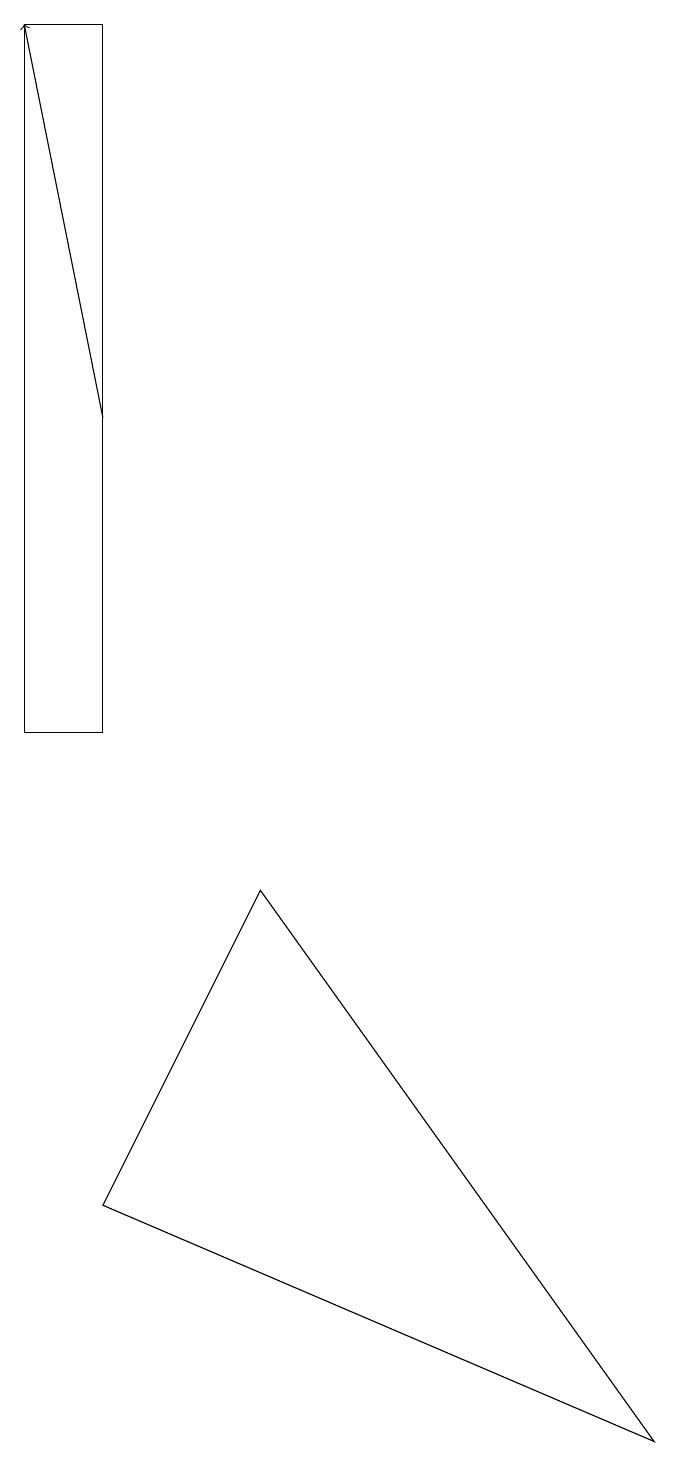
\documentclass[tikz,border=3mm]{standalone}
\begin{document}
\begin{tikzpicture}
\draw[->] (1,14) -- (0,19);
\draw (0,10) rectangle (1,19);
\draw (3,8) -- (8,1) -- (1,4) -- cycle;
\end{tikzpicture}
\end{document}